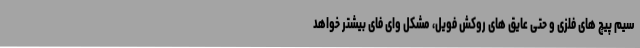
سیم پیچ های فلزی و حتی عایق های روکش فویل، مشکل وای فای بیشتر خواهد